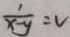
\frac { 1 } { x - y } = v